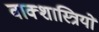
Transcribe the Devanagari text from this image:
वाक्शास्त्रियों